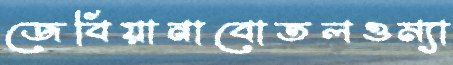
জেবিয়ানাবোতলওম্যা